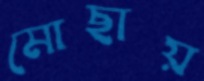
মোছায়